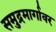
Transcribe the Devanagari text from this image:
समुद्रमार्गावर